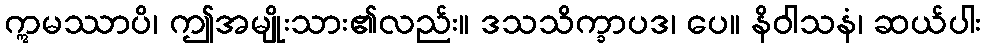
ဣမဿာပိ၊ ဤအမျိုးသား၏လည်း။ ဒသသိက္ခာပဒ၊ ပေ။ နိဝါသနံ၊ ဆယ်ပါး